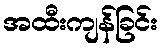
အထီးကျန်ခြင်း